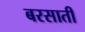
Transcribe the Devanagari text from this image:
बरसातीं